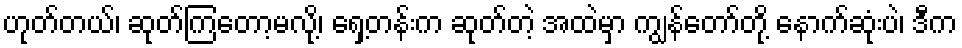
ဟုတ်တယ်၊ ဆုတ်ကြတော့မလို့၊ ရှေ့တန်းက ဆုတ်တဲ့ အထဲမှာ ကျွန်တော်တို့ နောက်ဆုံးပဲ၊ ဒီက